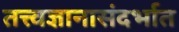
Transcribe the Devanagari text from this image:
तत्त्वज्ञानासंदर्भात